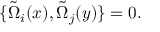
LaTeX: \{ \tilde { \Omega } _ { i } ( x ) , \tilde { \Omega } _ { j } ( y ) \} = 0 .